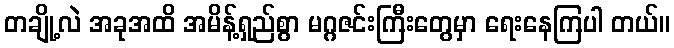
တချို့လဲ အခုအထိ အမိန့်ရှည်စွာ မဂ္ဂဇင်းကြီးတွေမှာ ရေးနေကြပါ တယ်။